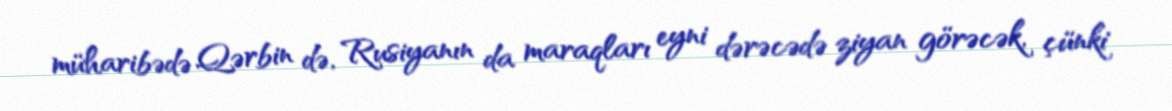
müharibədə Qərbin də, Rusiyanın da maraqları eyni dərəcədə ziyan görəcək, çünki